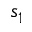
s _ { 1 }